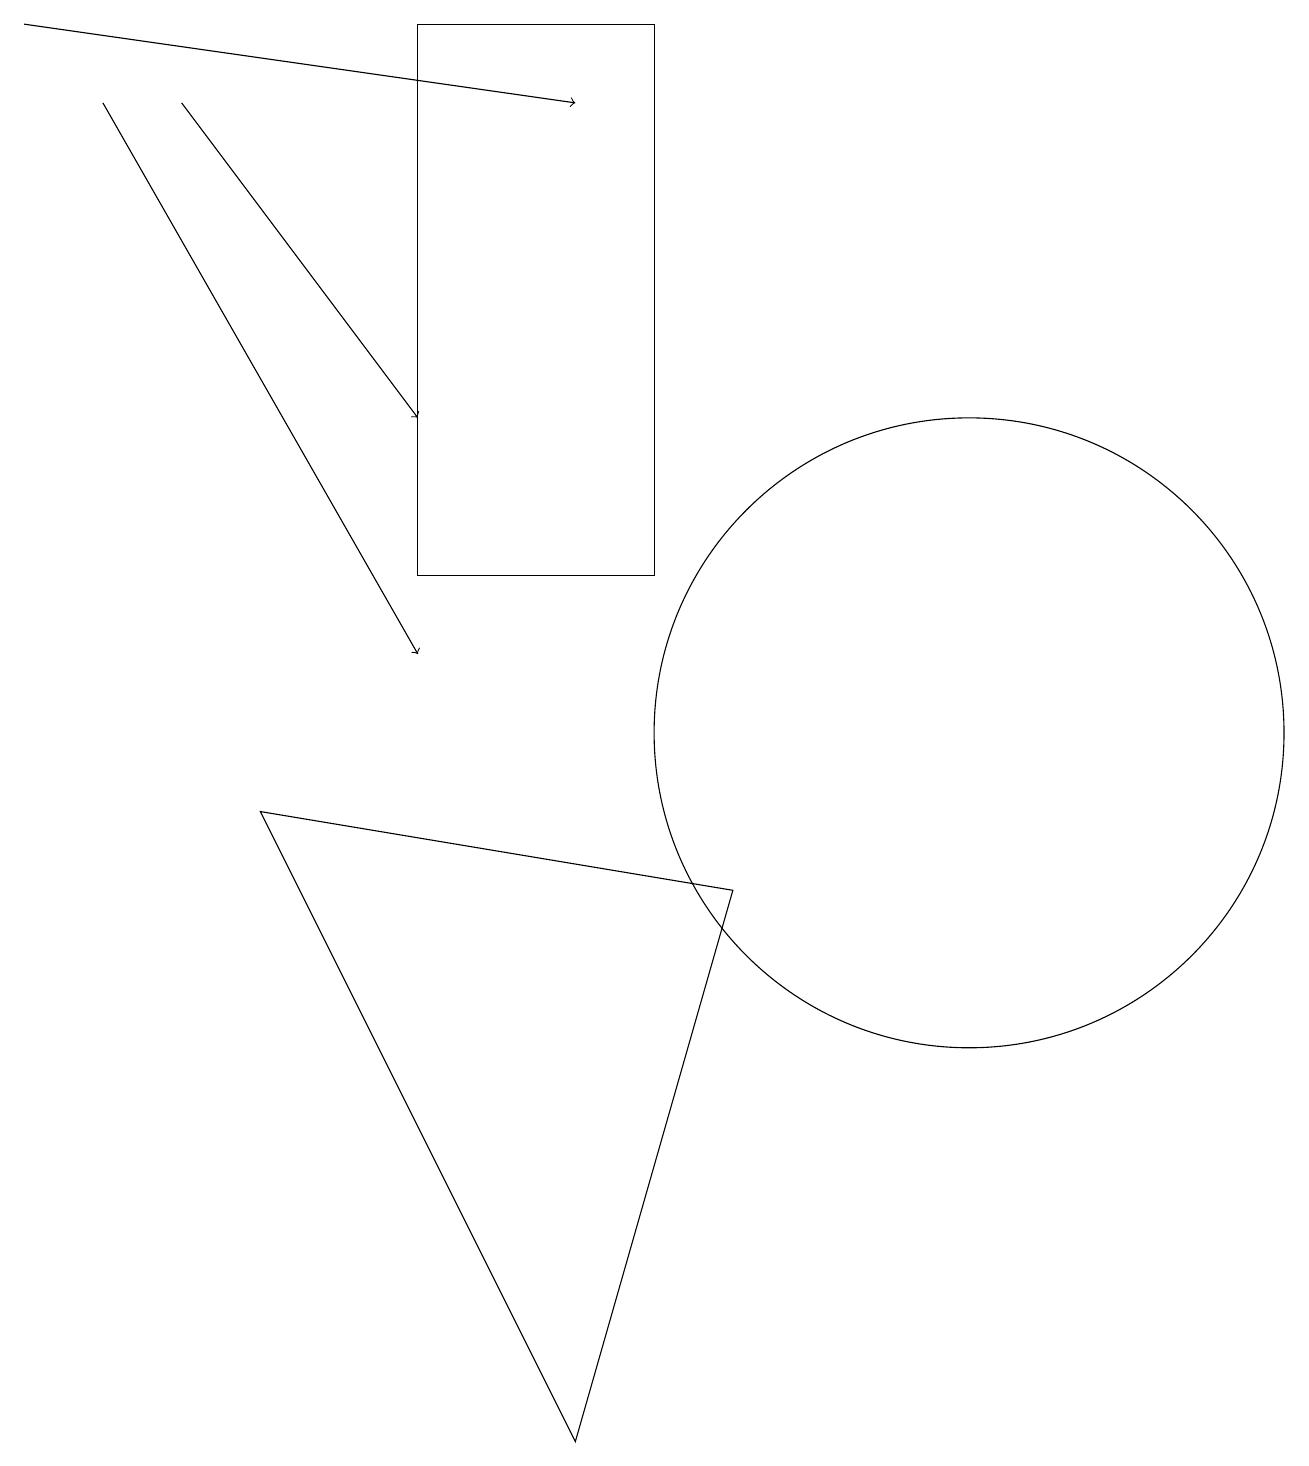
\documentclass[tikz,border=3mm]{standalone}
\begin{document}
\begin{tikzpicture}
\draw (8,19) rectangle (5,12);
\draw[->] (1,18) -- (5,11);
\draw (12,10) circle (4);
\draw (3,9) -- (7,1) -- (9,8) -- cycle;
\draw[->] (2,18) -- (5,14);
\draw[->] (0,19) -- (7,18);
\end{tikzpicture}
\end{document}